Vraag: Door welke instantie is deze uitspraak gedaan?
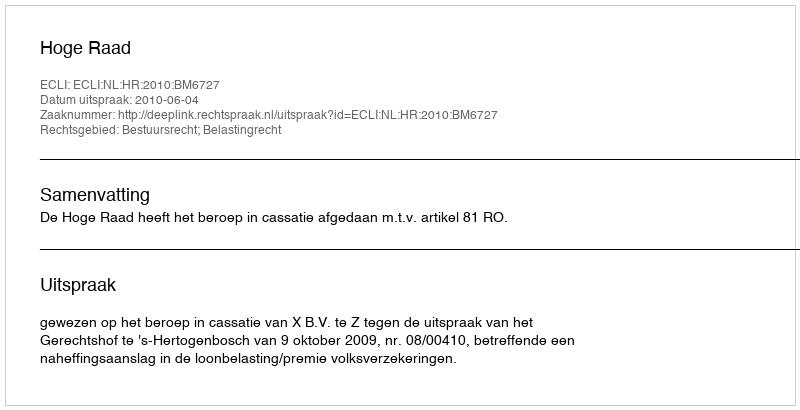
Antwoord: Hoge Raad